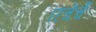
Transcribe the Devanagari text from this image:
रिचेर्चे